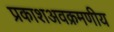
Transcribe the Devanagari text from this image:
प्रकाशअवक्रमणीय